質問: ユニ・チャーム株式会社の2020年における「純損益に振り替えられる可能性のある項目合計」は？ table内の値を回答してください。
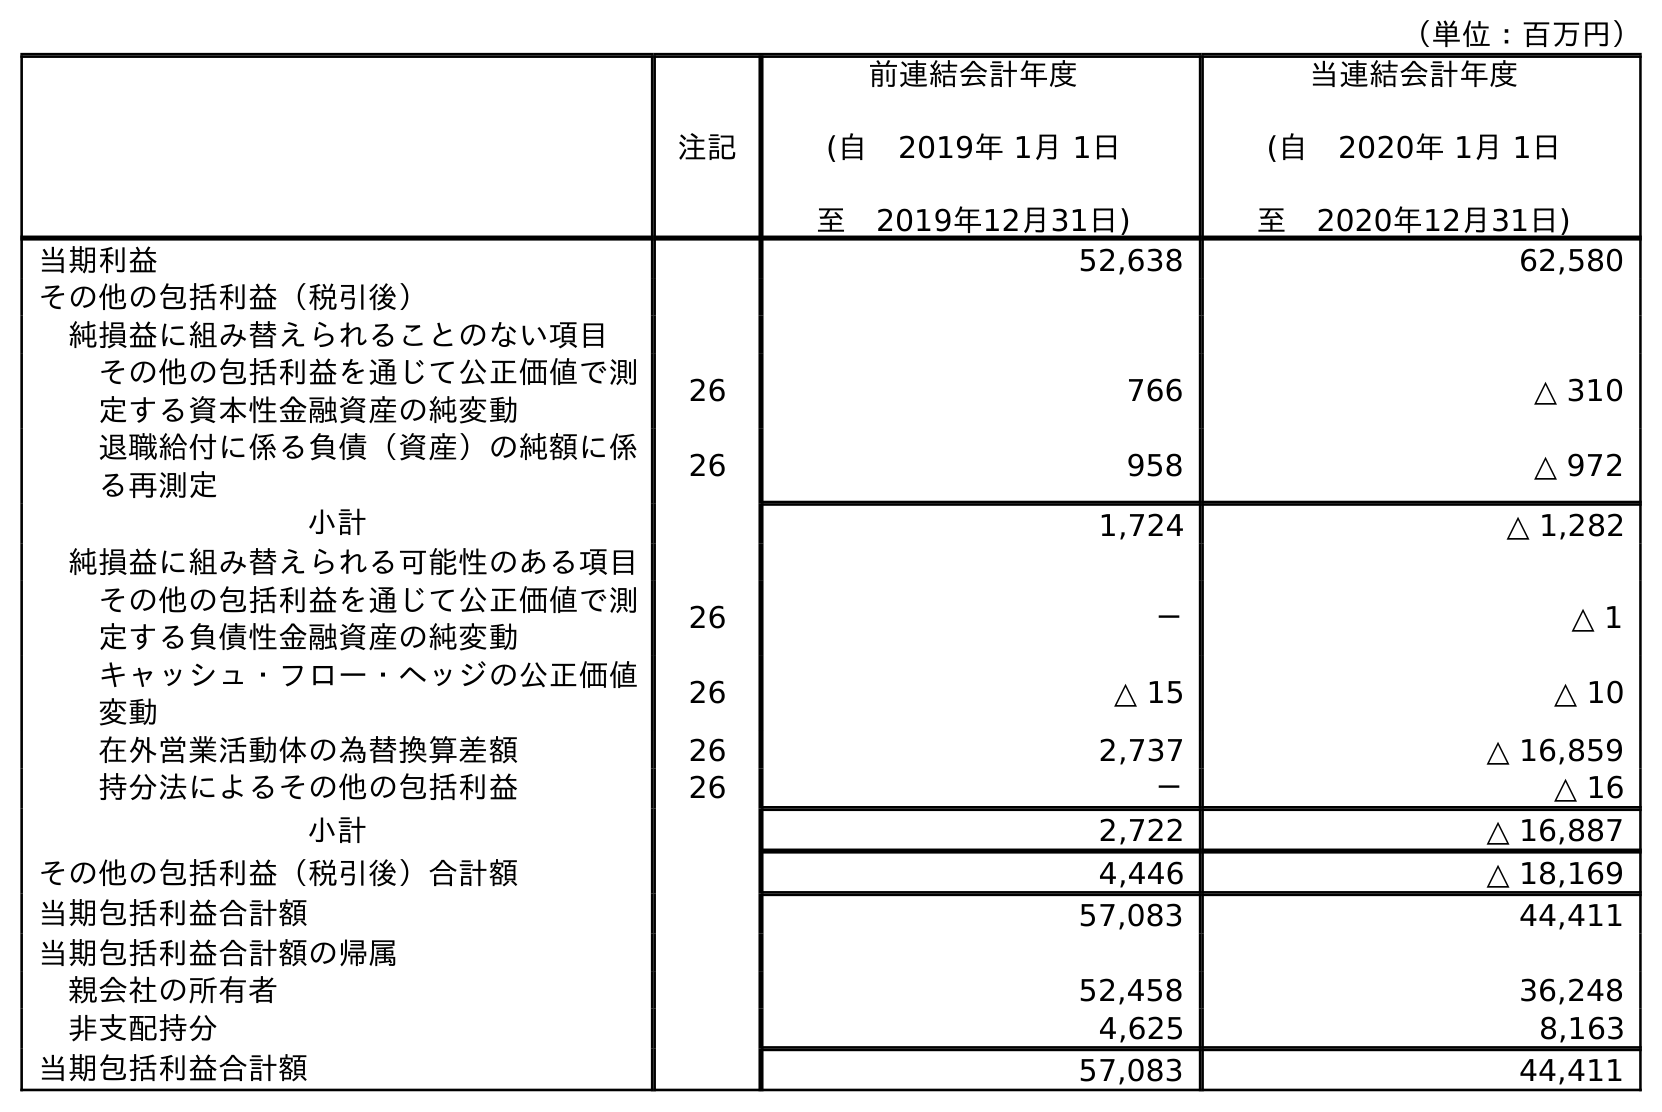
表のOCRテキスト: （単位：百万円） 注記 前連結会計年度 (自 2019年 1月 1日 至 2019年12月31日) 当連結会計年度 (自 2020年 1月 1日 至 2020年12月31日) 当期利益 52,638 62,580 その他の包括利益（税引後） 純損益に組み替えられることのない項目 その他の包括利益を通じて公正価値で測 定する資本性金融資産の純変動 26 766 △ 310 退職給付に係る負債（資産）の純額に係 る再測定 26 958 △ 972 小計 1,724 △ 1,282 純損益に組み替えられる可能性のある項目 その他の包括利益を通じて公正価値で測 定する負債性金融資産の純変動 26 － △ 1 キャッシュ・フロー・ヘッジの公正価値 変動 26 △ 15 △ 10 在外営業活動体の為替換算差額 26 2,737 △ 16,859 持分法によるその他の包括利益 26 － △ 16 小計 2,722 △ 16,887 その他の包括利益（税引後）合計額 4,446 △ 18,169 当期包括利益合計額 57,083 44,411 当期包括利益合計額の帰属 親会社の所有者 52,458 36,248 非支配持分 4,625 8,163 当期包括利益合計額 57,083 44,411
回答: △16,887